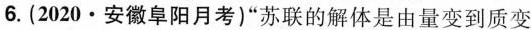
6.(2020·安徽阜阳月考)”苏联的解体是由量变到质变